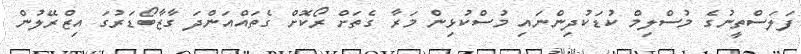
ފަލަސްތީނުގެ މުސްލިމް ކުޑަކުދިންނައި މުސްކުޅިން މަރާ ގެތަށް ރޯކޮށް ގެތައްއަންދަ ގާޒާބޯޑަރުގަ އިޒްރޭލުން